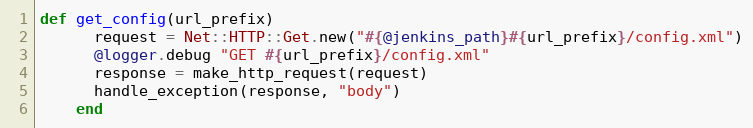
Language: Ruby
def get_config(url_prefix)
      request = Net::HTTP::Get.new("#{@jenkins_path}#{url_prefix}/config.xml")
      @logger.debug "GET #{url_prefix}/config.xml"
      response = make_http_request(request)
      handle_exception(response, "body")
    end